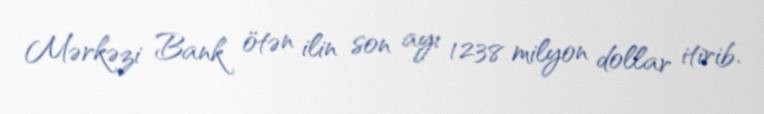
Mərkəzi Bank ötən ilin son ayı 1238 milyon dollar itirib.